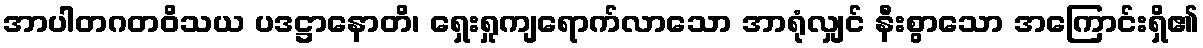
အာပါတဂတဝိသယ ပဒဋ္ဌာနောတိ၊ ရှေးရှုကျရောက်လာသော အာရုံလျှင် နီးစွာသော အကြောင်းရှိ၏